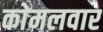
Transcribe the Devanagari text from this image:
काेमलवार